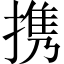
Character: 携